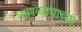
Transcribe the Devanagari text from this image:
पाणवठ्याच्‍या